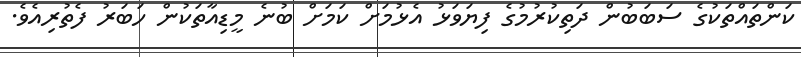
ކަންތައްތަކުގެ ސަބަބުން ދަތިކުރުމުގެ ފިޔަވަޅު އެޅުމަށް ކަމަށް ބުނެ މީޑިއާތަކުން ހަބަރު ފެތުރިއެވެ.